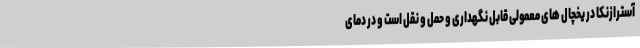
آسترازنکا در یخچال های معمولی قابل نگهداری و حمل و نقل است و در دمای